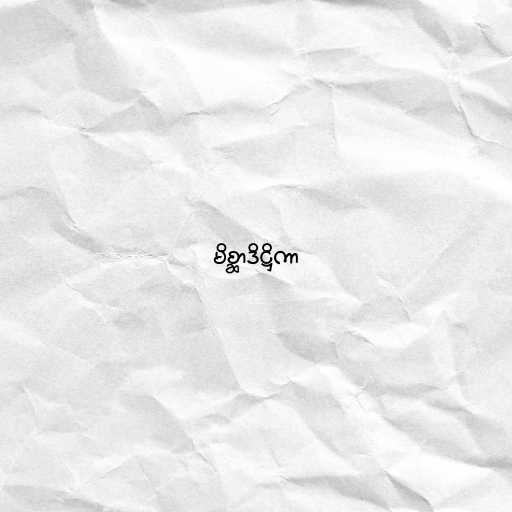
မိစ္ဆာဒိဋ္ဌိကာ